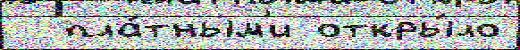
  пла́тным'и откры́ло